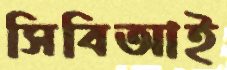
সিবিআই